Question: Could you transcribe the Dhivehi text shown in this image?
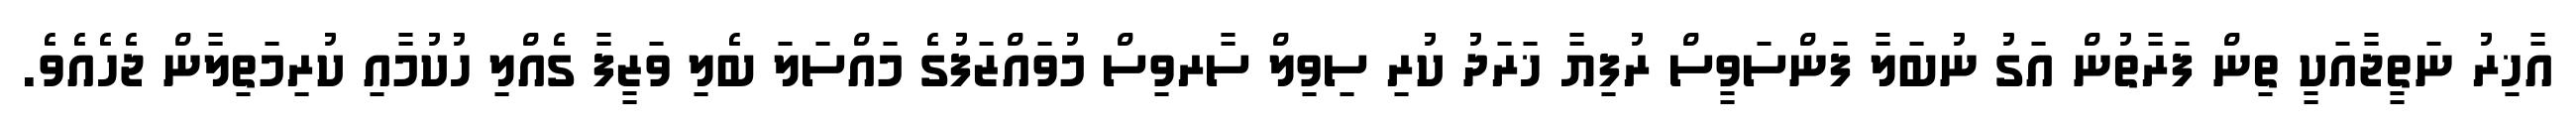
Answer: އާޚިރު ނަތީޖާއަކީ ތިން ފަރާތުން އަގު ނުބަލާ ފަންސަވީސް ރުފިޔާ ޚަރަދު ކުރި ސިވިލް ސާރވިސް މުވައްޒަފުގެ މައްސަލަ ބެލި ވަޒީފާ ގެއްލި ހުކުމާއި ކުރިމަތިލާން ޖެހެއެވެ.